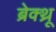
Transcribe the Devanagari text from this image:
ब्रेक्थ्रू